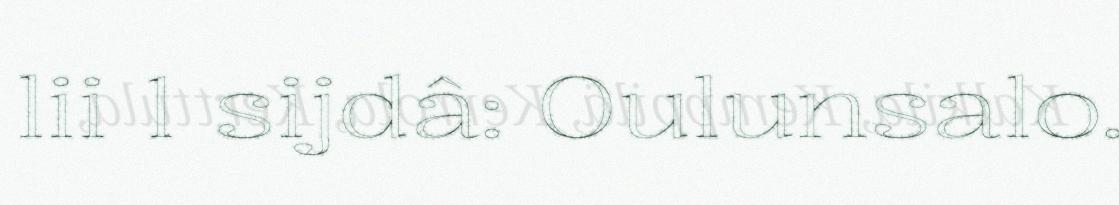
lii 1 sijdâ: Oulunsalo.